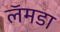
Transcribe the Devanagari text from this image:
लॅमडा